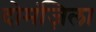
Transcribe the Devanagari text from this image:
दोमंज़िला